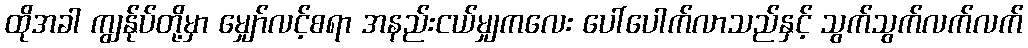
ထိုအခါ ကျွန်ုပ်တို့မှာ မျှော်လင့်စရာ အနည်းငယ်မျှကလေး ပေါ်ပေါက်လာသည်နှင့် သွက်သွက်လက်လက်